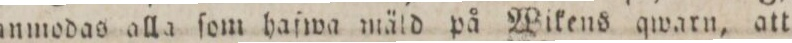
anmodas alla ſom haſwa mäld på Wikens qwarn, att